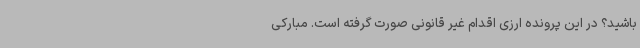
باشید؟ در این پرونده ارزی اقدام غیر قانونی صورت گرفته است. مبارکی